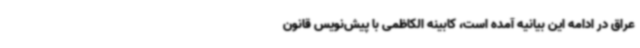
عراق در ادامه این بیانیه آمده است، کابینه الکاظمی با پیش‌نویس قانون